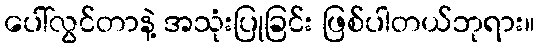
ပေါ်လွင်တာနဲ့ အသုံးပြုခြင်း ဖြစ်ပါတယ်ဘုရား။